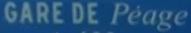
GARE DE Pêage